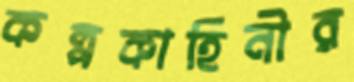
কল্পকাহিনীর